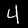
Digit: 4